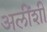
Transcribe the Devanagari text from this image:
अलींशी